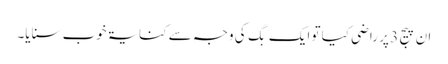
ان پیج 3 پر راضی کیا تو ایک بَگ کی وجہ سے کنایۃ خوب سنایا۔